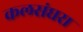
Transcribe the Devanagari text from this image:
कलसंघरा